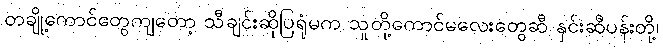
တချို့ကောင်တွေကျတော့ သီချင်းဆိုပြရုံမက သူတို့ကောင်မလေးတွေဆီ နှင်းဆီပန်းတို့၊